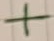
Text: +